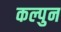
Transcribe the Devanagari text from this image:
कल्पुन